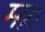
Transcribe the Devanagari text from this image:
माः